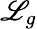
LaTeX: \mathscr{L}_{g}